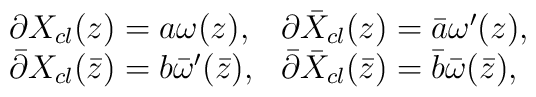
\begin{array}{ll}\partial X_{cl}(z)= a\omega(z), & \partial \bar{X}_{cl}(z)=\bar{a}\omega'(z), \\\bar{\partial} X_{cl}(\bar{z})= b\bar{\omega}'(\bar{z}), & \bar{\partial} \bar{X}_{cl}(\bar{z})=\bar{b}\bar{\omega}(\bar{z}),\end{array}